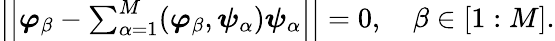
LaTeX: \begin{array}{r}{\left|\left|\boldsymbol{\varphi}_{\beta}-\sum_{\alpha=1}^{M}(\boldsymbol{\varphi}_{\beta},\boldsymbol{\psi}_{\alpha})\boldsymbol{\psi}_{\alpha}\right|\right|=0,\quad\beta\in[1:M].}\end{array}